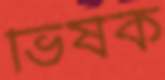
ভিষক